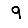
Digit: 9